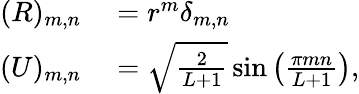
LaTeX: \begin{array}{rl}{(R)_{m,n}}&{{}=r^{m}\delta_{m,n}}\\ {(U)_{m,n}}&{{}=\sqrt{\frac{2}{L+1}}\sin\left(\frac{\pi mn}{L+1}\right),}\end{array}